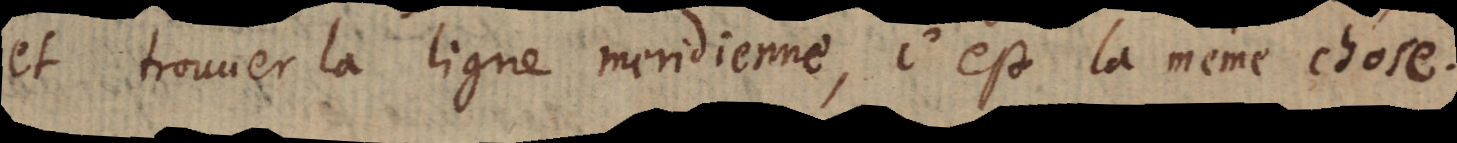
et trouuer la ligne meridienne, c’est la même chose.